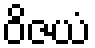
ဝိဇယံ